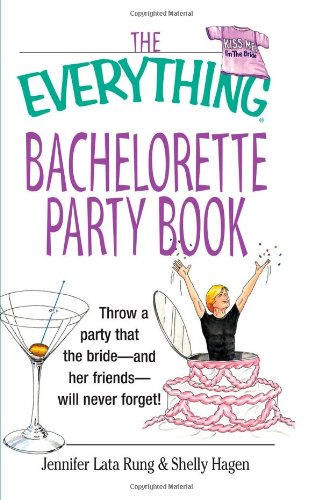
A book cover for The Everything Bachelorette Party Book: Throw a Party That the Bride and Her Friends Will Never Forget; Jennifer Lata Rung; Crafts, Hobbies & Home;